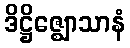
ဒိဋ္ဌိဇ္ဈောသာနံ